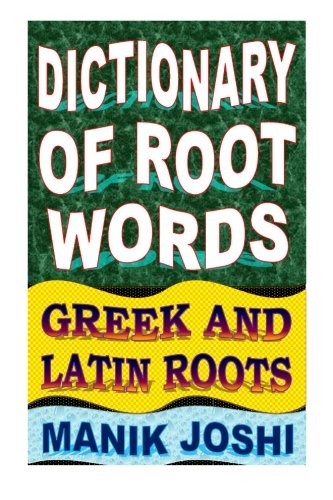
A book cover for Dictionary of Root Words: Greek and Latin Roots (English Word Power) (Volume 17); Mr. Manik Joshi; Reference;